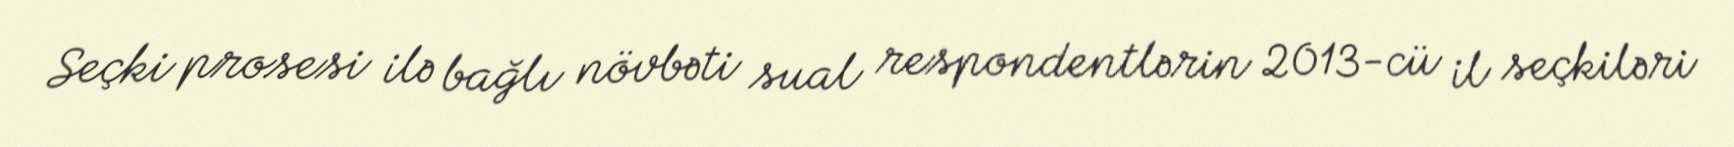
Seçki prosesi ilə bağlı növbəti sual respondentlərin 2013-cü il seçkiləri